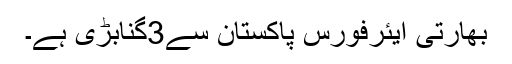
بھارتی ایئرفورس پاکستان سے3گنابڑی ہے۔